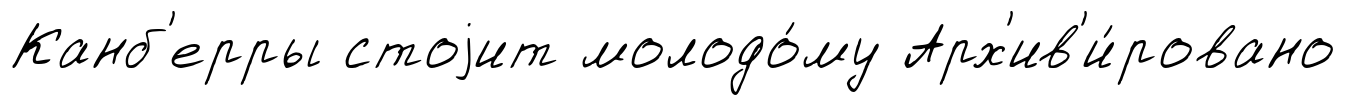
Канб'ерры стоjит молодо́му Арх'ив'и́ровано